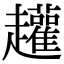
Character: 䟒